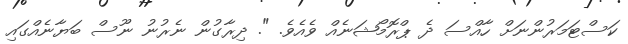
ކަސްޓަމަރުންނަށް ހާއްސަ ދެ ޕްރޮމޯޝަނެއް ވެއެވެ. ". ދިރާގުން ނެރުނު ނޫސް ބަޔާނެއްގައި